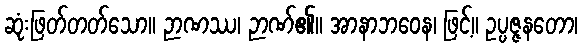
ဆုံးဖြတ်တတ်သော။ ဉာဏဿ၊ ဉာဏ်၏။ အာနာဘဝေန၊ ဖြင့်။ ဥပ္ပဇ္ဇနတော၊